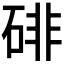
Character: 𪿨